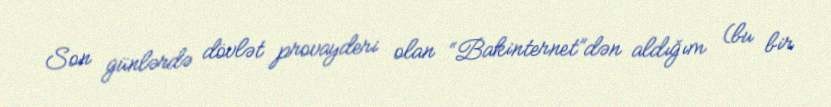
Son günlərdə dövlət provayderi olan “Bakinternet”dən aldığım (bu bir